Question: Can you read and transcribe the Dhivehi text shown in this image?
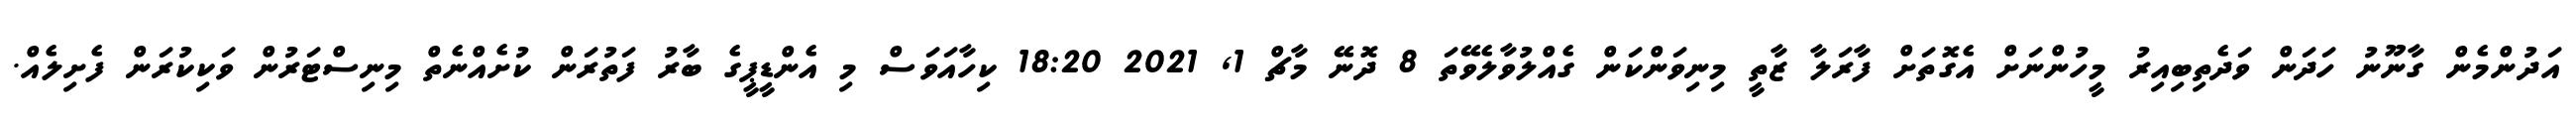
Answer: އަދުންމެން ގާނޫނު ހަދަން ވަދެތިބިއިރު މީހުންނަށް އެގޮތަށް ފާރަލާ ޒާތީ މިނިވަންކަން ގެއްލުވާލެވޭތަ 8 ދޮނޭ މާޗް 1, 2021 18:20 ކިހާއަވަސް މި އެންޑީޕީގެ ބާރު ފަތުރަން ކުށެއްނެތް މިނިސްޓަރުން ވަކިކުރަން ފެށިލެއް.